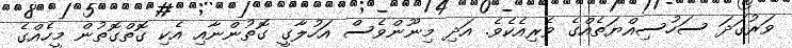
ވަރުގަދަ ސަހުސިއްޔަތެއްގެ ވެރިއެކެވެ. އަދި މިނޫންވެސް އަހުލާގީ ގޮތުންނާއި އެކި ގޮތްގޮތުން މީހެއްގެ